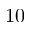
1 0